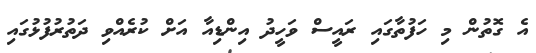
އެ ގޮތުން މި ހަފުތާގައި ރައީސް ވަހީދު އިންޑިއާ އަށް ކުރެއްވި ދަތުރުފުޅުގައި